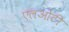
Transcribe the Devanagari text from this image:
एलओटी